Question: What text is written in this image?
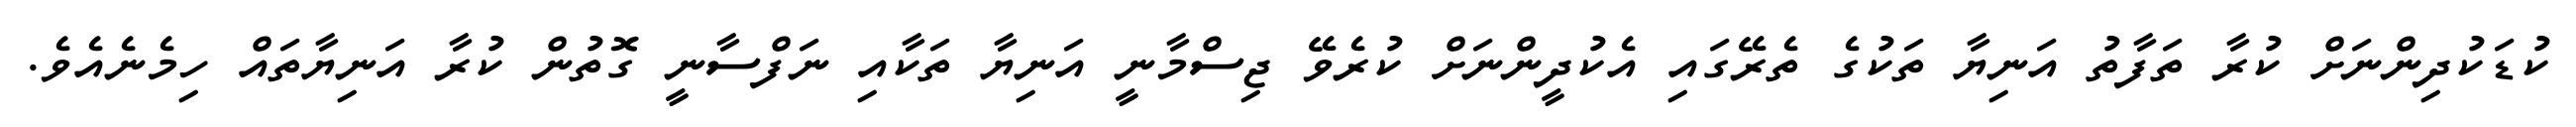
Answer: ކުޑަކުދިންނަށް ކުރާ ތަފާތު އަނިޔާ ތަކުގެ ތެރޭގައި އެކުދީންނަށް ކުރެވޭ ޖިސްމާނީ އަނިޔާ ތަކާއި ނަފްސާނީ ގޮތުން ކުރާ އަނިޔާތައް ހިމެނެއެވެ.